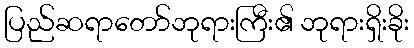
ပြည်ဆရာတော်ဘုရားကြီး၏ ဘုရားရှိးခိုး